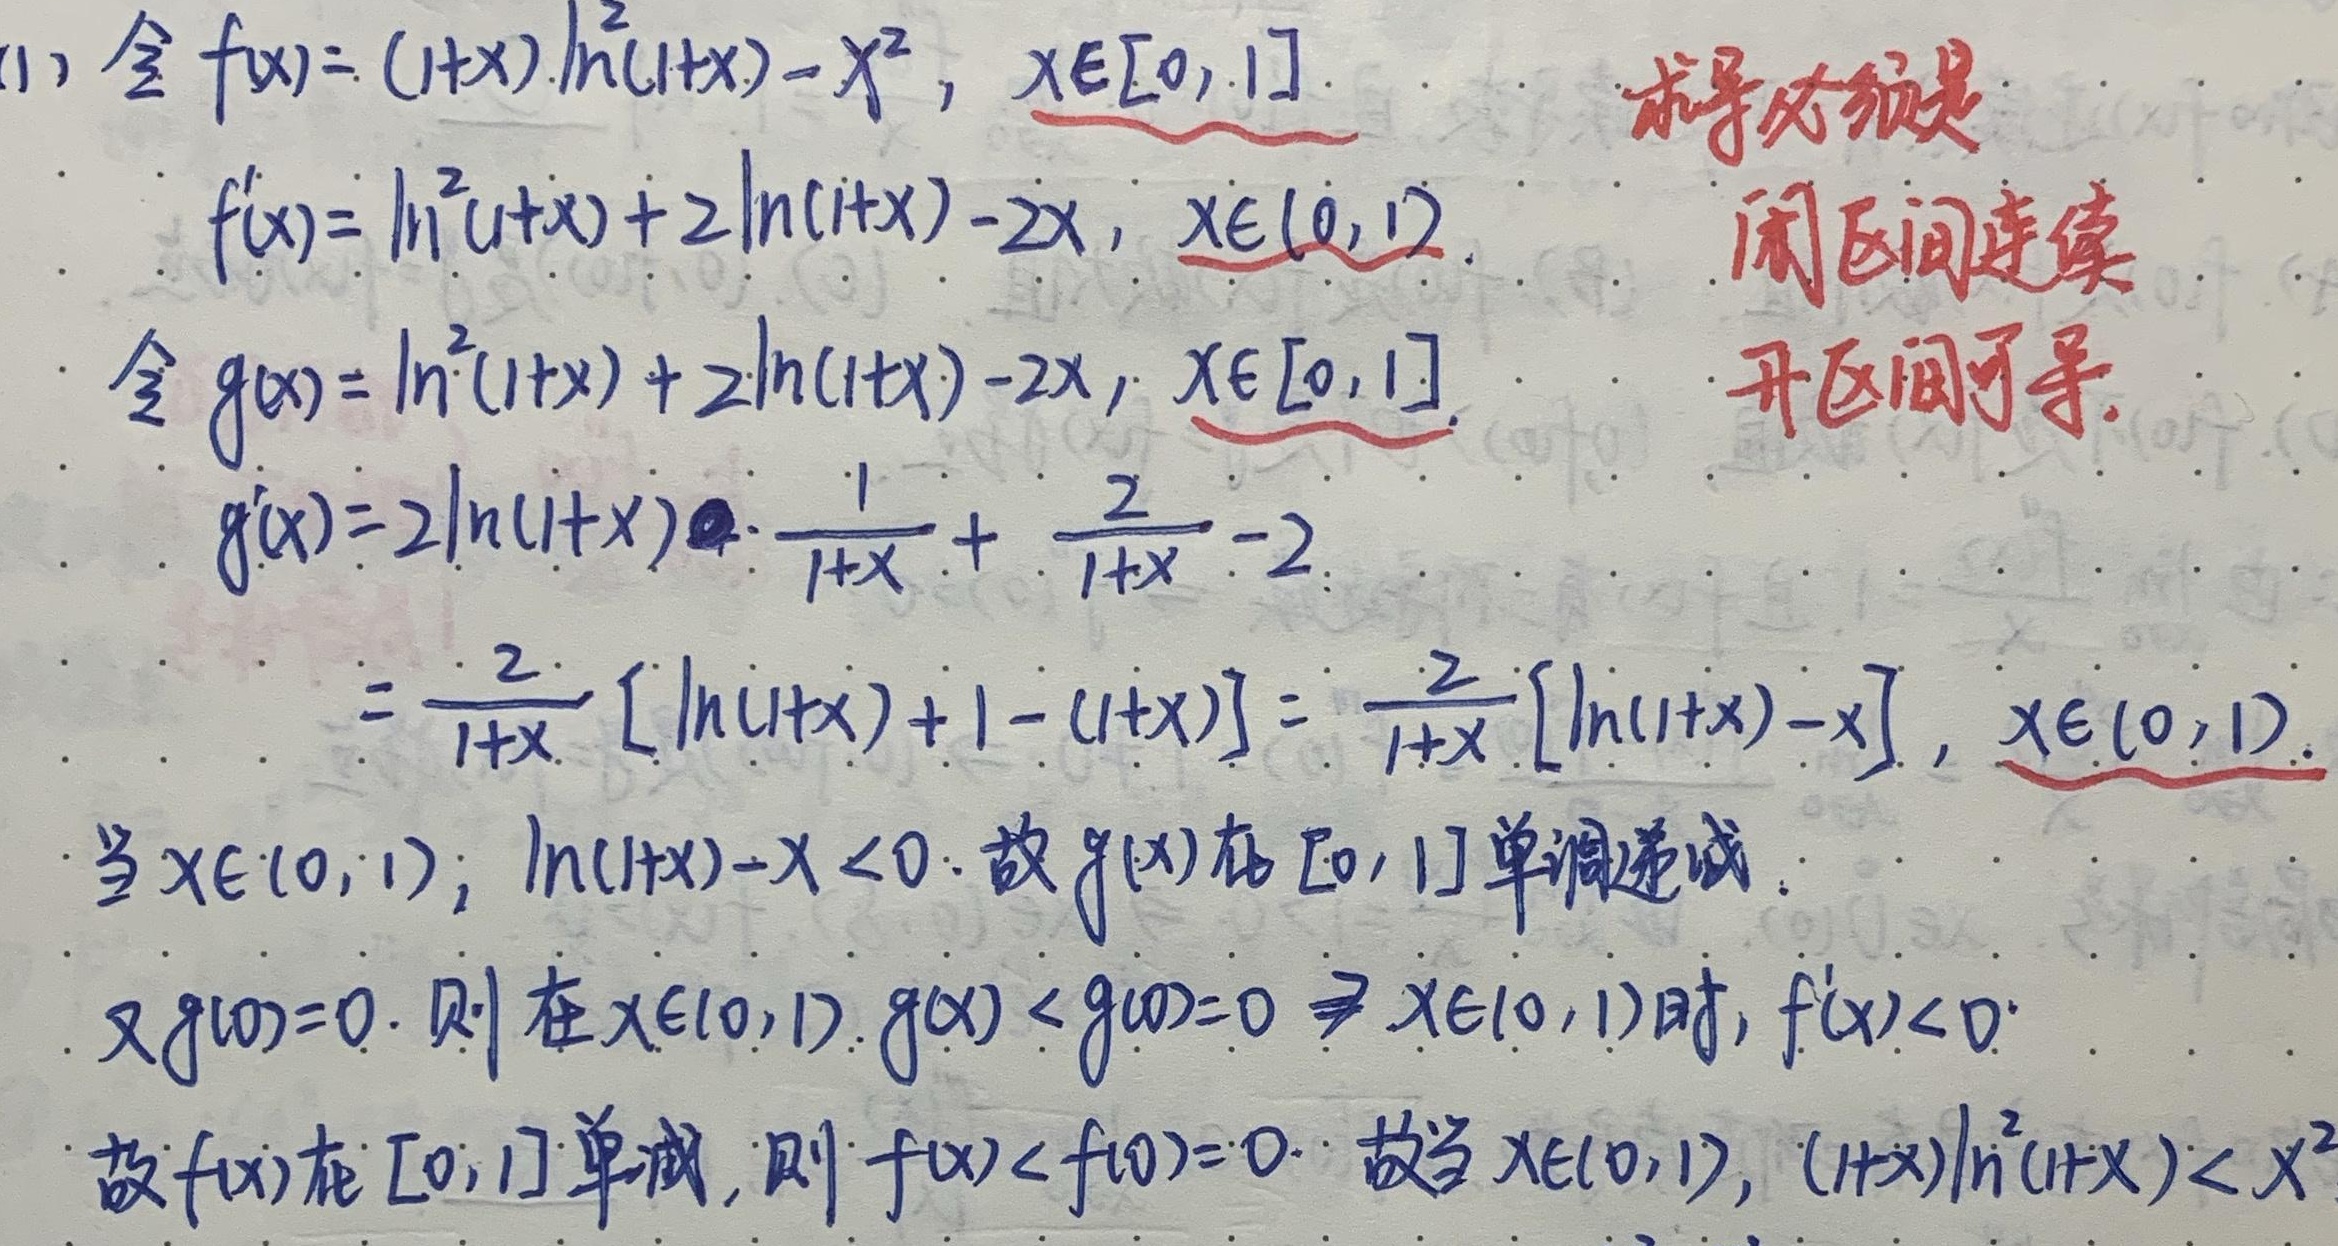
(1) 令\(f(x)=(1 + x)\ln^{2}(1 + x)-x^{2}\)，\(x\in[0,1]\)。\(f'(x)=\ln^{2}(1 + x)+2\ln(1 + x)-2x\)，\(x\in(0,1)\)。

令\(g(x)=\ln^{2}(1 + x)+2\ln(1 + x)-2x\)，\(x\in[0,1]\)。
\(\begin{align*}
g'(x)&=2\ln(1 + x)\cdot\frac{1}{1 + x}+\frac{2}{1 + x}-2\\
&=\frac{2}{1 + x}[\ln(1 + x)+1-(1 + x)]=\frac{2}{1 + x}[\ln(1 + x)-x]，x\in(0,1)。
\end{align*}\)

当\(x\in(0,1)\)，\(\ln(1 + x)-x<0\)。 故\(g(x)\)在\([0,1]\)单调递减。

又\(g(0)=0\)。 则在\(x\in(0,1)\)，\(g(x)<g(0)=0\Rightarrow x\in(0,1)\)时，\(f'(x)<0\)。

故\(f(x)\)在\([0,1]\)单减，则\(f(x)<f(0)=0\)。 故当\(x\in(0,1)\)，\((1 + x)\ln^{2}(1 + x)<x^{2}\)

求导必须是闭区间连续，开区间可导。